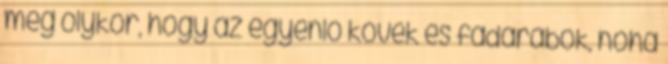
meg olykor, hogy az egyenlő kövek és fadarabok, noha